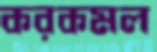
করকমল